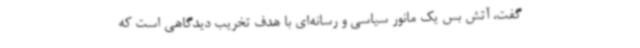
گفت، آتش بس یک مانور سیاسی و رسانه‌ای با هدف تخریب دیدگاهی است که